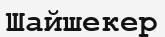
Шайшекер